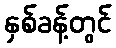
နှစ်ခန့်တွင်